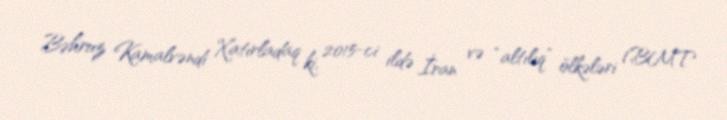
Bəhruz Kamalvəndi Xatırladaq ki, 2015-ci ildə İran və “altılıq” ölkələri (BMT